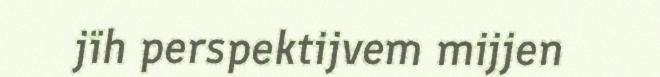
jïh perspektijvem mijjen